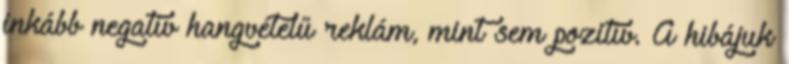
inkább negatív hangvételű reklám, mint sem pozitív. A hibájuk